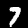
Label: 7